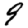
Digit: 9